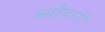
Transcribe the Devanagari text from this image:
ब्यौहारी